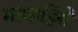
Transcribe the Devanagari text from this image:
माशाहिरो